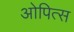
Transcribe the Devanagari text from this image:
ओपित्स